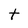
Character: t